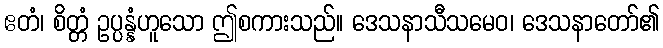
ဧတံ၊ စိတ္တံ ဥပ္ပန္နံဟူသော ဤစကားသည်။ ဒေသနာသီသမေဝ၊ ဒေသနာတော်၏